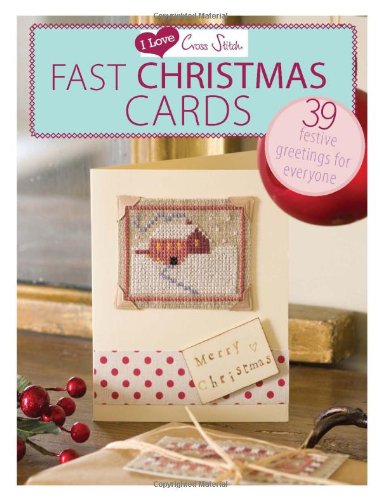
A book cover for I Love Cross Stitch Fast Christmas Cards: 39 Festive Greetings for Everyone; Various Contributors; Crafts, Hobbies & Home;